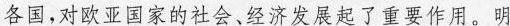
各国，对欧亚国家的社会、经济发展起了重要作用。明